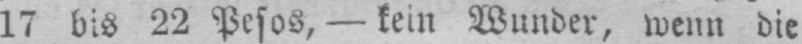
17 bis 22 Pesos - kein Wunder, wenn die